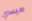
ميسي